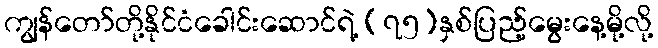
ကျွန်တော်တို့နိုင်ငံခေါင်းဆောင်ရဲ့ (၇၅)နှစ်ပြည့်မွေးနေ့မို့လို့